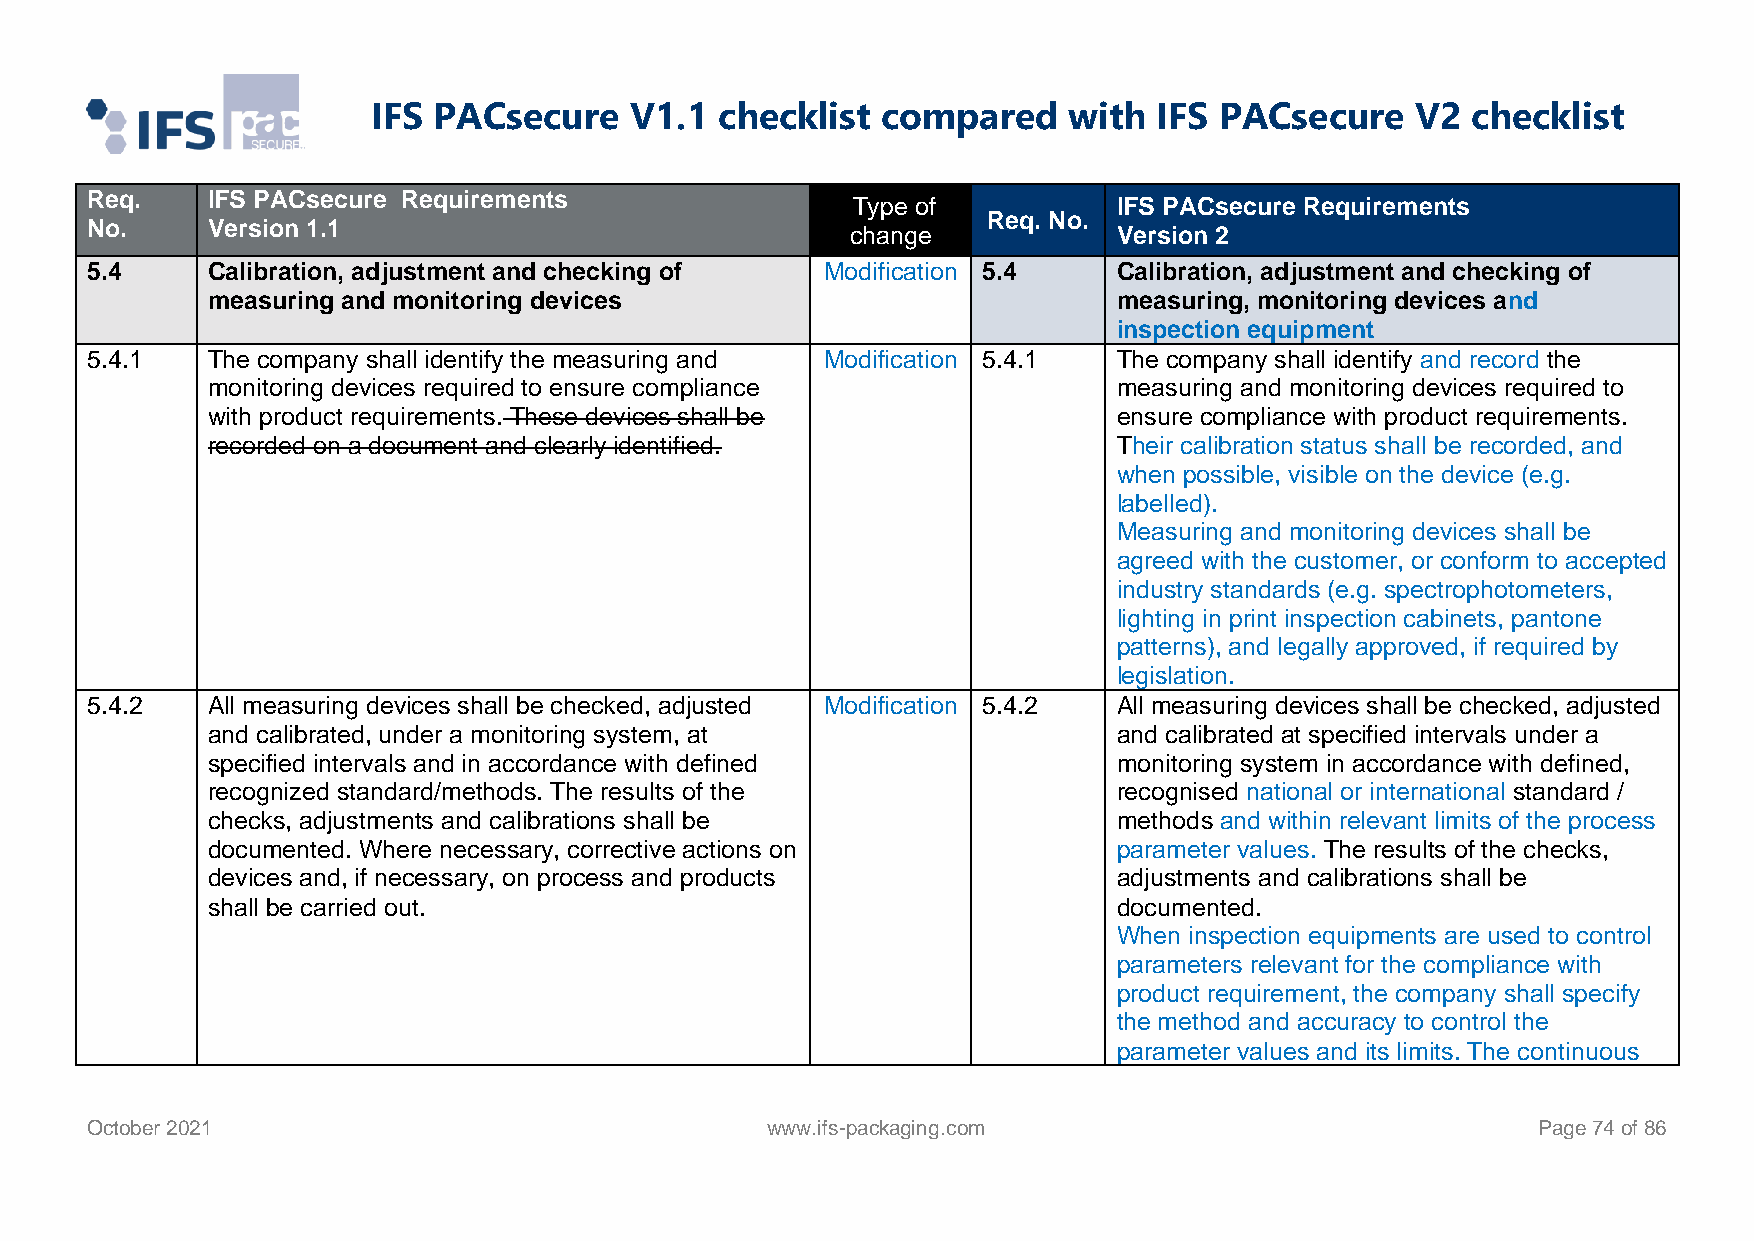
IFS PACsecure    V1.1  checklist compared     with  IFS PACsecure    V2 checklist
 Req.    IFS PACsecure Requirements
 Type of           IFS PACsecure Requirements
 Req. No.
 No.     Version 1.1                               change            Version 2
 5.4     Calibration, adjustment and checking of  Modification 5.4   Calibration, adjustment and checking of
 measuring and monitoring devices                            measuring, monitoring devices and
 inspection equipment
 5.4.1   The company shall identify the measuring and Modification 5.4.1 The company shall identify and record the
 monitoring devices required to ensure compliance            measuring and monitoring devices required to
 with product requirements. These devices shall be           ensure compliance with product requirements.
 recorded on a document and clearly identified.              Their calibration status shall be recorded, and
 when possible, visible on the device (e.g.
 labelled).
 Measuring and monitoring devices shall be
 agreed with the customer, or conform to accepted
 industry standards (e.g. spectrophotometers,
 lighting in print inspection cabinets, pantone
 patterns), and legally approved, if required by
 legislation.
 5.4.2   All measuring devices shall be checked, adjusted Modification 5.4.2 All measuring devices shall be checked, adjusted
 and calibrated, under a monitoring system, at               and calibrated at specified intervals under a
 specified intervals and in accordance with defined          monitoring system in accordance with defined,
 recognized standard/methods. The results of the             recognised national or international standard /
 checks, adjustments and calibrations shall be               methods and within relevant limits of the process
 documented. Where necessary, corrective actions on          parameter values. The results of the checks,
 devices and, if necessary, on process and products          adjustments and calibrations shall be
 shall be carried out.                                       documented.
 When inspection equipments are used to control
 parameters relevant for the compliance with
 product requirement, the company shall specify
 the method and accuracy to control the
 parameter values and its limits. The continuous
 October 2021                                 www.ifs-packaging.com                              Page 74 of 86